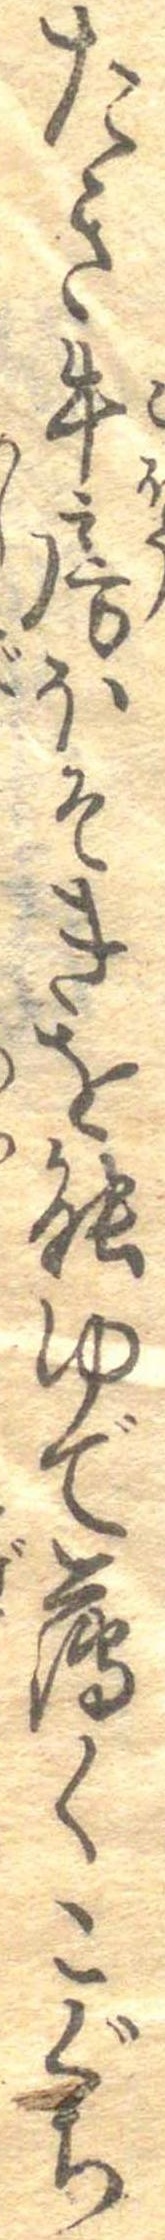
たき牛房ほそきを能ゆで薄くこぐち